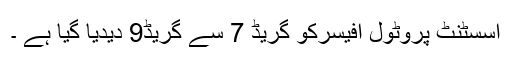
اسسٹنٹ پروٹول آفیسرکو گریڈ 7 سے گریڈ9 دیدیا گیا ہے ۔